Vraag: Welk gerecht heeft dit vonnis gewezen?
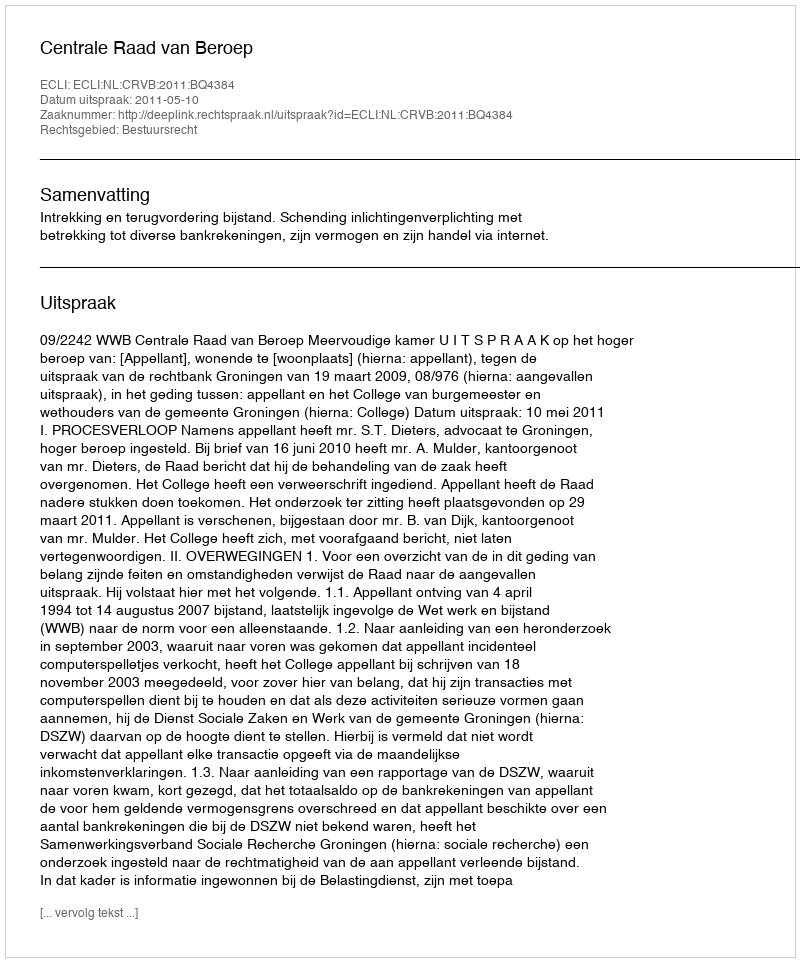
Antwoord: Centrale Raad van Beroep